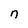
Character: n